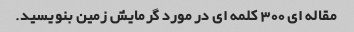
مقاله ای 300 کلمه ای در مورد گرمایش زمین بنویسید.